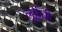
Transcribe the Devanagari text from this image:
लुईची